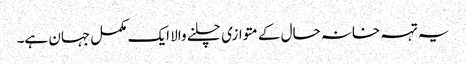
یہ تہہ خانہ حال کے متوازی چلنے والا ایک مکمل جہان ہے۔